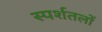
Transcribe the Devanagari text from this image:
स्पर्शतलों